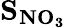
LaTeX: \mathbf{S_{NO_{3}}}